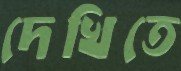
দেখিতে